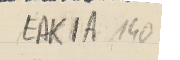
EAK1A-140